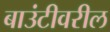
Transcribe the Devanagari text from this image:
बाउंटीवरील